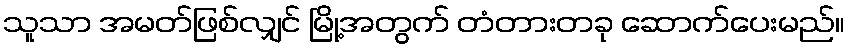
သူသာ အမတ်ဖြစ်လျှင် မြို့အတွက် တံတားတခု ဆောက်ပေးမည်။